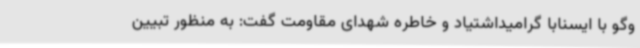
وگو با ایسنابا گرامیداشتیاد و خاطره شهدای مقاومت گفت: به منظور تبیین